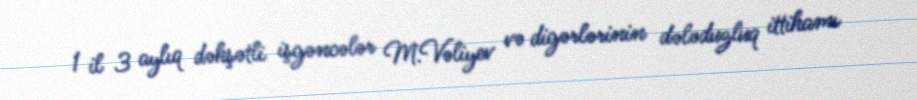
1 il 3 aylıq dəhşətli işgəncələr M.Vəliyev və digərlərinin dələduzluq ittihamı